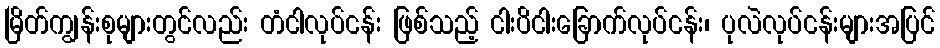
မြိတ်ကျွန်းစုများတွင်လည်း တံငါလုပ်ငန်း ဖြစ်သည့် ငါးပိငါးခြောက်လုပ်ငန်း၊ ပုလဲလုပ်ငန်းများအပြင်